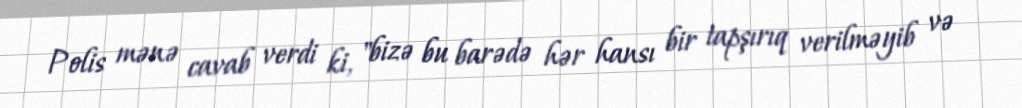
Polis mənə cavab verdi ki, "bizə bu barədə hər hansı bir tapşırıq verilməyib və